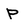
Character: P